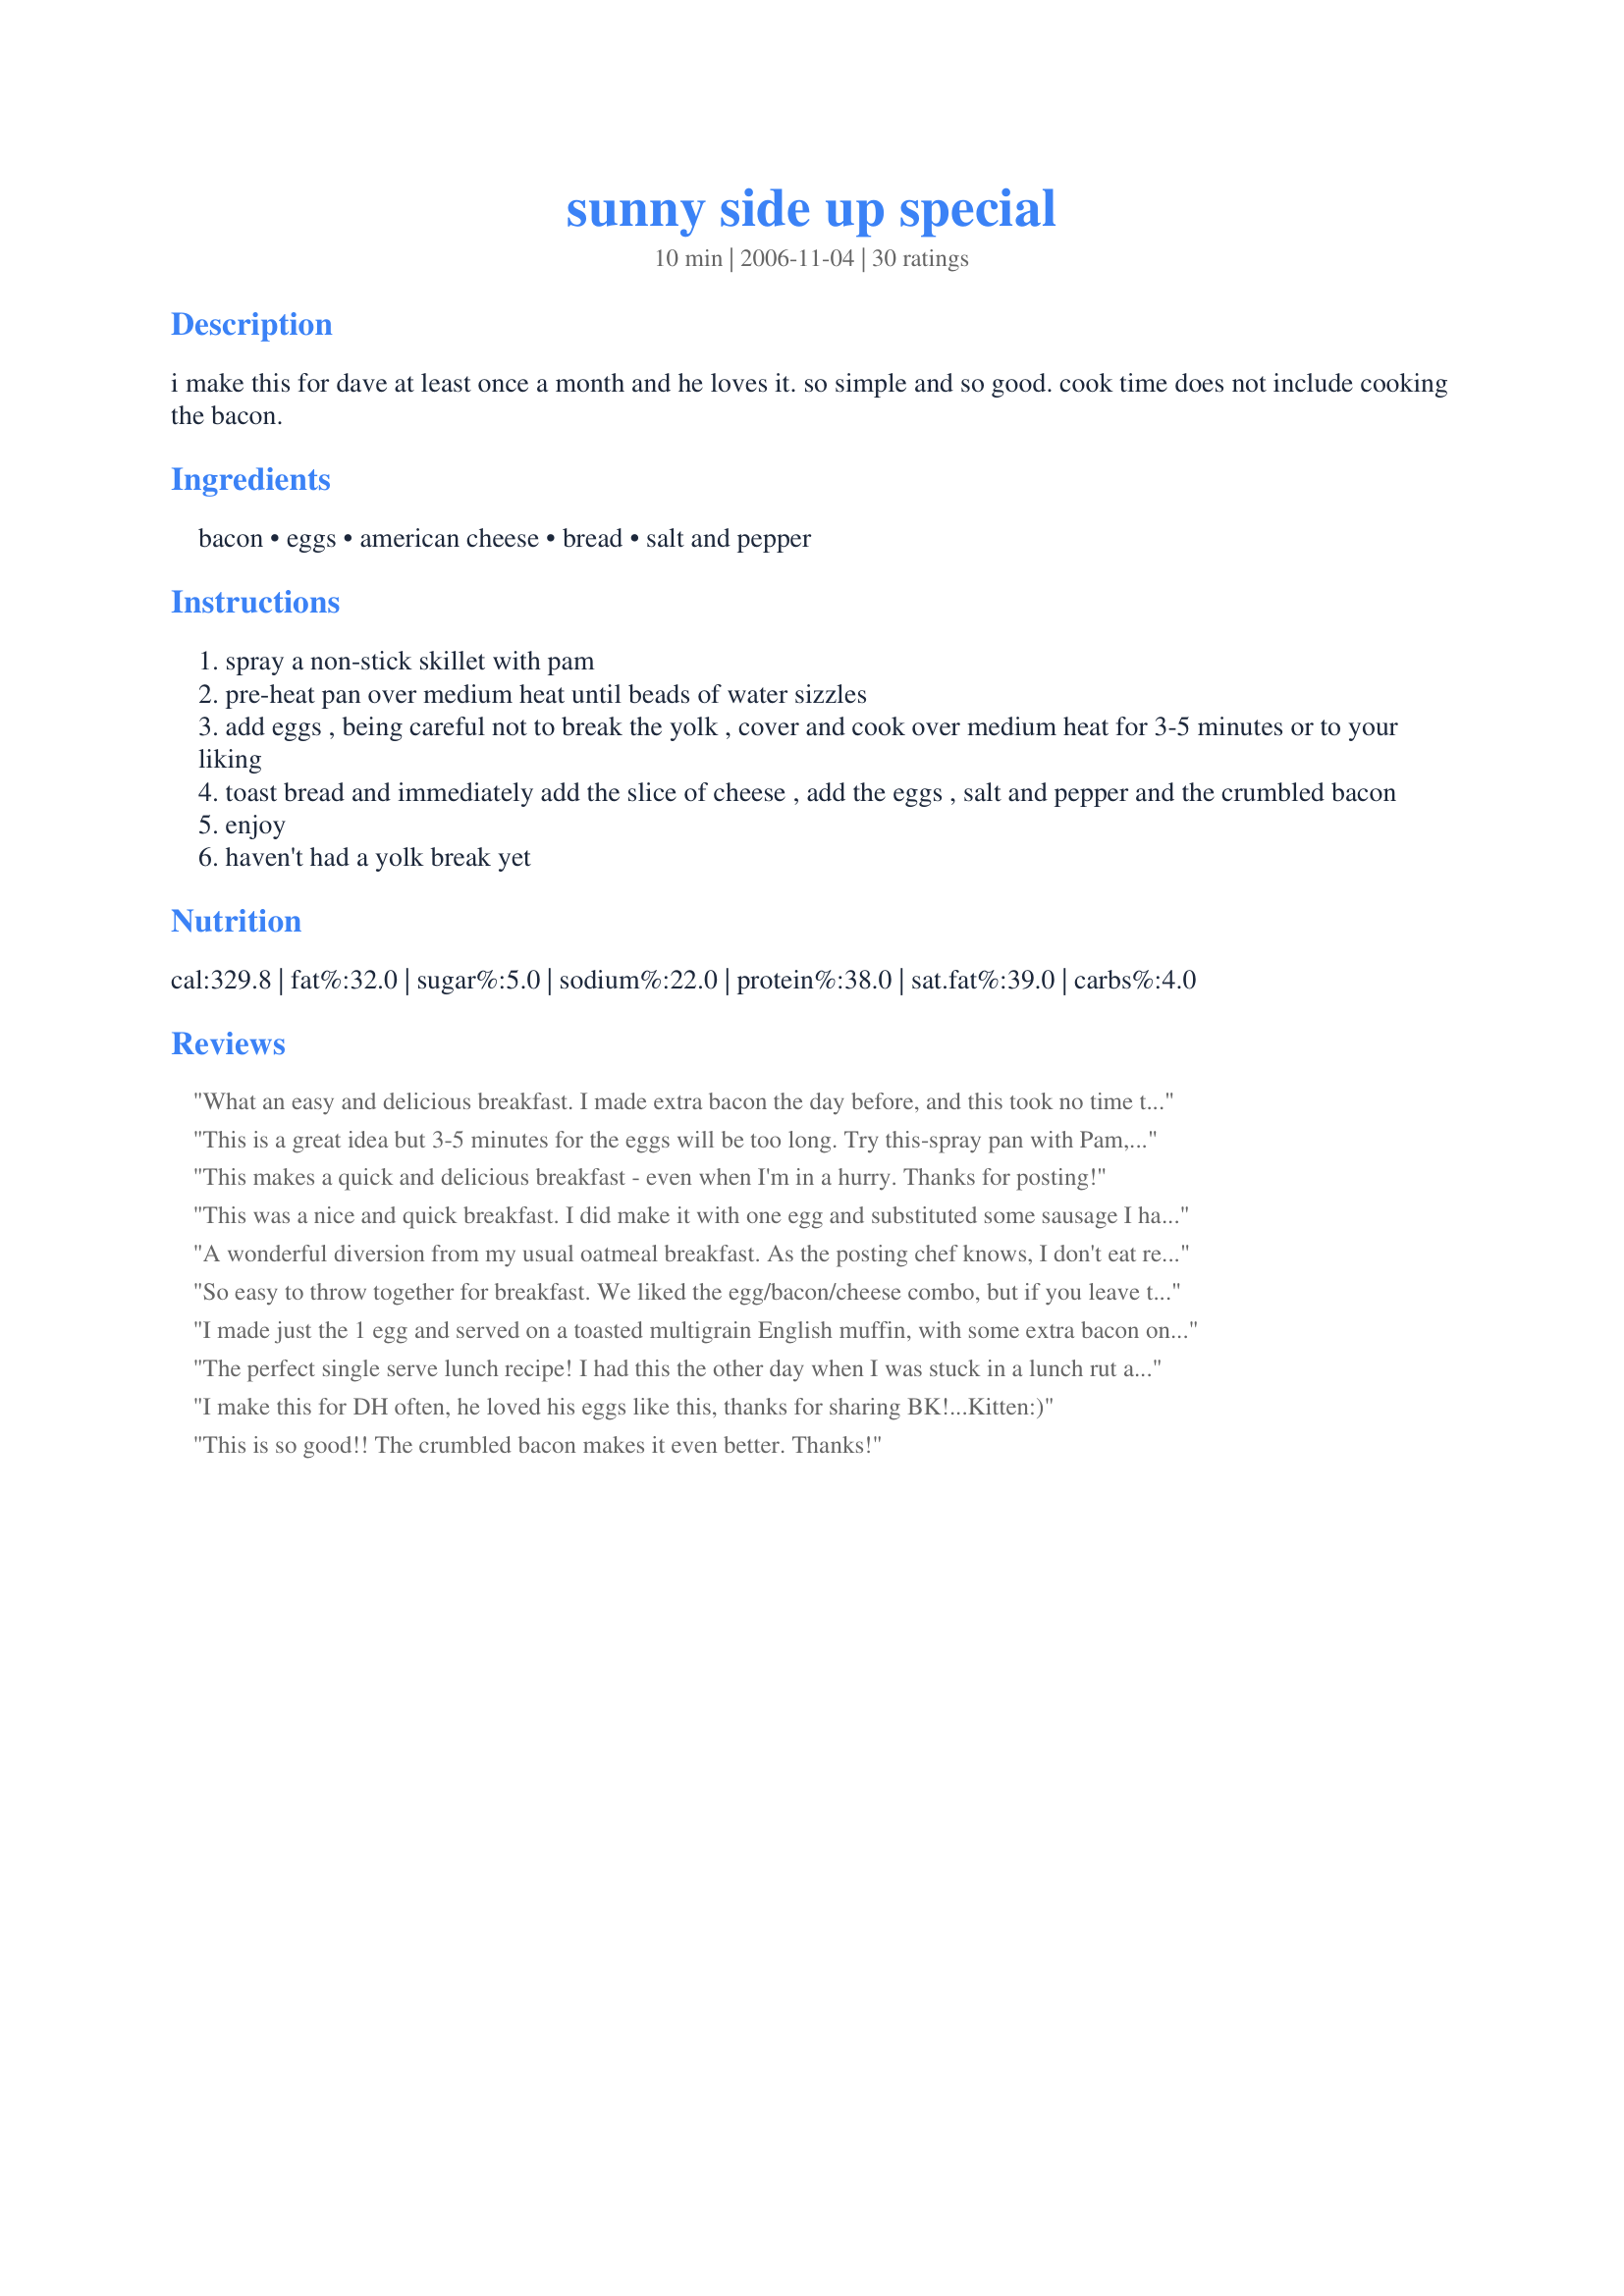
sunny side up special
Preparation time: 10 minutes

i make this for dave at least once a month and he loves it. so simple and so good. cook time does not include cooking the bacon.

Ingredients:
bacon, eggs, american cheese, bread, salt and pepper

Steps:
spray a non-stick skillet with pam
pre-heat pan over medium heat until beads of water sizzles
add eggs , being careful not to break the yolk , cover and cook over medium heat for 3-5 minutes or to your liking
toast bread and immediately add the slice of cheese , add the eggs , salt and pepper and the crumbled bacon
enjoy
haven't had a yolk break yet

Reviews:
What an easy and delicious breakfast. I made extra bacon the day before, and this took no time to make. Thanks for sharing!
This is a great idea but 3-5 minutes for the eggs will be too long. Try this-spray pan with Pam, heat pan as suggested, put egg in the pan, salt and pepper, cover and cook for one minute-no peeking. Take the pan off the heat, leave covered for one more minute-still no peeking. You will have a perfect fried egg with nice runny yolk.
This makes a quick and delicious breakfast - even when I'm in a hurry. Thanks for posting!
This was a nice and quick breakfast. I did make it with one egg and substituted some sausage I had for the bacon. Will make again.
A wonderful diversion from my usual oatmeal breakfast. As the posting chef knows, I don't eat regular bacon (too fatty) so I chopped up some lean Canadian bacon and cooked it up for a bit so it had a crispy texture. I also used soy cheddar cheese. Love eggs and could eat them morning, noon and night. This preparation was delightful. The combination of gooey cheese, crispy bacon on eggs was just sooo good.
Thanks Nimz.
So easy to throw together for breakfast. We liked the egg/bacon/cheese combo, but if you leave the yolk runny (which we did), it makes the toast too soggy. Next time I think I'll try using a bagel or an english muffin (which won't get soggy so easily) or cooking the yolk more thoroughly.
I made just the 1 egg and served on a toasted multigrain English muffin, with some extra bacon on the side for a very satisfying and filling breakfast, thank you ~Nimz~ made for Name that Ingredient tag game.
The perfect single serve lunch recipe! I had this the other day when I was stuck in a lunch rut and, oh boy, it's good! So easy to make and a divine combination! I mean, bacon always makes things better, right?!
I make this for DH often, he loved his eggs like this, thanks for sharing BK!...Kitten:)
This is so good!! The crumbled bacon makes it even better. Thanks!
Can't beat easy and delicious - always a winning combo! I used whole wheat bread, American cheese, and omitted the salt. Thanks for sharing!
A simple and easy breakfast! I made this as written, and it was really good. I used a hearty grain bread for the toast. The runny yolk on the toast was comfort food for sure!
Thanks for sharing your recipe.
I buttered the toasts and we had this breakfast outside with our espresso. It was so yummy. Thanks Nimz :) Made for All you can cook buffet
Oh my goodness, this is so good. The cheese melted into the egg, and with the bacon; this is something to behold. I used English muffins, and turkey bacon. I added little slices of green onions to the top for a little kick. Thanks , Nimz!
Yummy! And so simple too. I loved the cheese on this great messy sandwich. Thanks Nimz for a nice keeper. Made for Went to the Market Tag Game.
Quick, easy and delicious...I can see why Dave has this at least once a month. I toasted two slices of bread. I topped one with the cheese and used the other one for dipping into the egg. Yummy! I loved the combination of egg, crispy bacon and cheese and will be making this recipe often. Made for Feb. 2011 Aus/NZ Swap.
This is going on my "at least once a week list." It is so easy (especially if one has precooked bacon in the frig--which I usually do)and just delicious. I am soooooo glad I tried this for PAC Fall 2007.
What am I not suppose to enjoy about bread, cheese, eggs and bacon? It was a nice treat of a breakfast on a diet cheat day. Perhaps next time I will put another slice of toast on top and make it a sandwich. Made for your win in Football Pool Tag.
Easy and so yummy too! I enjoyed the cheese on top and crumbled up veggie bacon. Thanks Nimz! Made for Zaar Stars game.
Nimz, Dan has to have these at least once a month also! This is his favorite breakfast : ) Sometimes I will substitute a fluffy homemade biscuit for the toast and sandwich the bacon, eggs and cheese inside. Thanks for posting this, Nimz!
1 minute on heat covered and 1 minute off heat still covered, perfect!
Quick, easy, and delicious - what more could you ask for? A great breakfast and a great start to the day!
This was very good and easy to make. My boys enjoyed it this morning before heading off to school. Thanks Nimz!
What a &quot;no brainer&quot;!!! I can&#039;t believe I never thought of doing this before! I&#039;ve served each ingredient on a plate together, but never thought of &quot;stacking&quot; them. I made 3 eggs for hubby and used 2 slices of 5 grain toast for him, and I used 2 eggs and a toasted english muffin (split into 2) for myself. So basically 5 eggs, 4 cheese slices, 5 strips of crumbled bacon, 2 toasted bread slices and 1 split &amp; toasted english muffin. (I&#039;m thinking maybe a hollandaise sauce for next time!!! The &quot;New&quot; Eggs Benedict... LOL!!!) Thank you for posting this yummy breakfast. (Made for Name That Ingredient tag)
Fantastic breakfast! DH loved it! The melty cheese was a really great touch! Thanks Nimz!
An unbeatable combination-and totally irresistable.
Next time I would probably fry off some mushrooms and squeeze them in between the cheese and the egg layer,just to make it even more decadent.
I love the fact that you can also change the way you cook the egg to suit people's tastes (my DH prefers poached egg,so that's what he had on his),but scrambled would work really well too.
A great start to the day-thanks Nimz!!
Made for PRMR Holiday Special.
This was great, but I knew it would be. I made it for dh for breakfast. He wasn't real hungry, so he shared, and we got two servings out of one. We both enjoyed it! Thank you for the great repeatable breakfast idea Nim!!!
This made for an excellent breakfast this morning!!! I only used one large egg and opted for the american cheese. The only other thing I changed was that I didn't want the yolk runny, so scrambled it a bit. Thanks for sharing Nimz!!! Made for the brunch anytime party in pot luck tag.
We had these egg sandwiches for supper one evening and enjoyed them a lot. Used packaged bacon bits to save some time and white american cheese. Very simple and easy to make but also very good! Thank you Nimz for posting this recipe, we will definitely make them again! Made and reviewed for the Football Pool - Week One.
Made this for Sunday breakfast and it was a real treat! I used one-half of a whole wheat English muffin, a slice of fat-free sharp cheddar, 2 slices Canadian bacon and only 1 egg.
